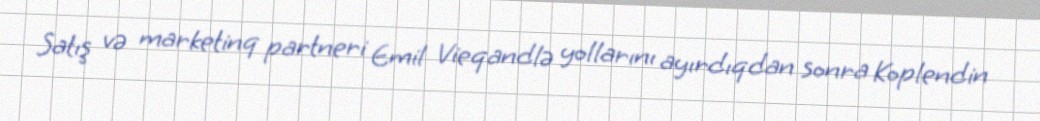
Satış və marketinq partneri Emil Vieqandlə yollarını ayırdıqdan sonra Koplendin